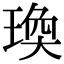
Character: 瑍